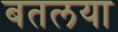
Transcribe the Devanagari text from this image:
बतलया